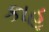
કાહૂ